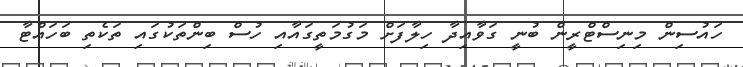
ހައުސިން މިނިސްޓްރީން ބުނީ ގަވާއިދާ ހިލާފަށް މަގުމަތީގައާއި ހުސް ބިންތަކުގައި ތަކެތި ބަހައްޓާ